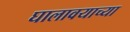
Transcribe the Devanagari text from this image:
घालावयाच्या